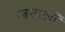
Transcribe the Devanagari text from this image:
जनरलाें